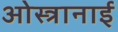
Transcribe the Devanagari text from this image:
ओस्त्रानाई